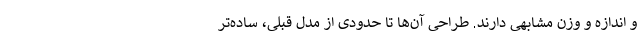
و اندازه و وزن مشابهی دارند. طراحی آن‌ها تا حدودی از مدل قبلی، ساده‌تر